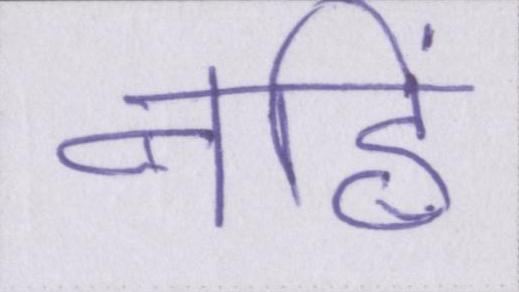
नहिं